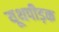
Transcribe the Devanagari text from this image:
यूथपीड़क